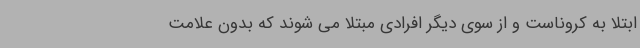
ابتلا به کروناست و از سوی دیگر افرادی مبتلا می شوند که بدون علامت